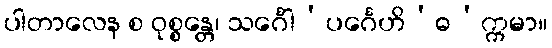
ပါတာလေန စ ဝုစ္စန္တေ၊ သင်္ဂေါ’ပင်္ဂေဟိ’ဓ’က္ကမာ။